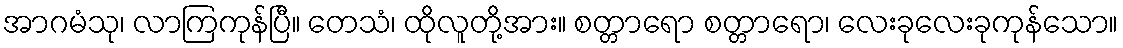
အာဂမံသု၊ လာကြကုန်ပြီ။ တေသံ၊ ထိုလူတို့အား။ စတ္တာရော စတ္တာရော၊ လေးခုလေးခုကုန်သော။